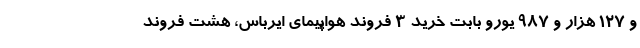
و 127 هزار و 987 یورو بابت خرید 3 فروند هواپیمای ایرباس، هشت فروند